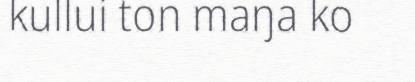
kullui ton maŋa ko